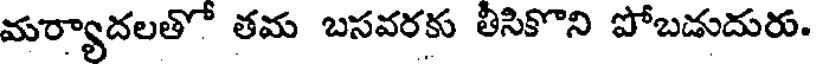
మర్యాదలతో తమ బసవరకు తీసికొని పోబడుదురు.